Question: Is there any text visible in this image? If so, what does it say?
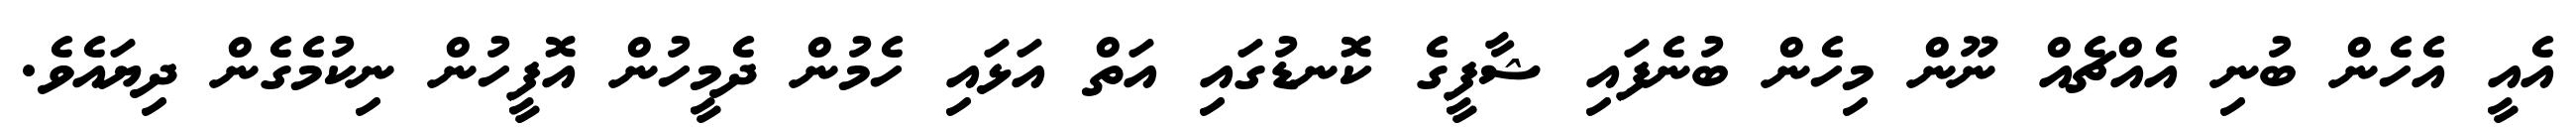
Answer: އެއީ އެހެން ބުނި އެއްޗެއް ނޫން މިހެން ބުނެފައި ޝާފީގެ ކޮނޑުގައި އަތް އަޅައި ހެމުން ދެމީހުން އޮފީހުން ނިކުމެގެން ދިޔައެވެ.